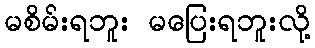
မစိမ်းရဘူး မပြေးရဘူးလို့